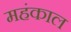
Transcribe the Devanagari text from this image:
महंकाल